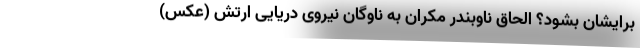
برایشان بشود؟ الحاق ناوبندر مکران به ناوگان نیروی دریایی ارتش (عکس)